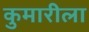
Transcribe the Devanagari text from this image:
कुमारीला